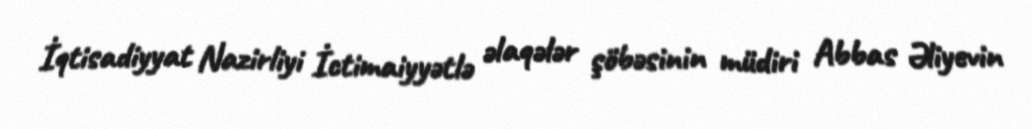
İqtisadiyyat Nazirliyi İctimaiyyətlə əlaqələr şöbəsinin müdiri Abbas Əliyevin